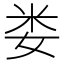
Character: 娄